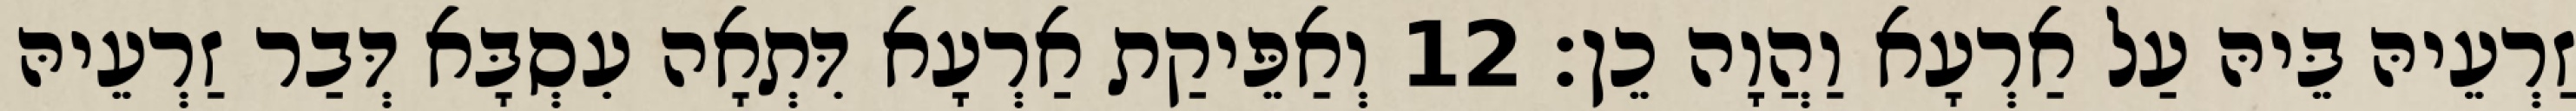
זַרְעֵיהּ בֵּיהּ עַל אַרְעָא וַהֲוָה כֵן׃ 12 וְאַפֵּיקַת אַרְעָא דִּתְאָה עִסְבָּא דְּבַר זַרְעֵיהּ